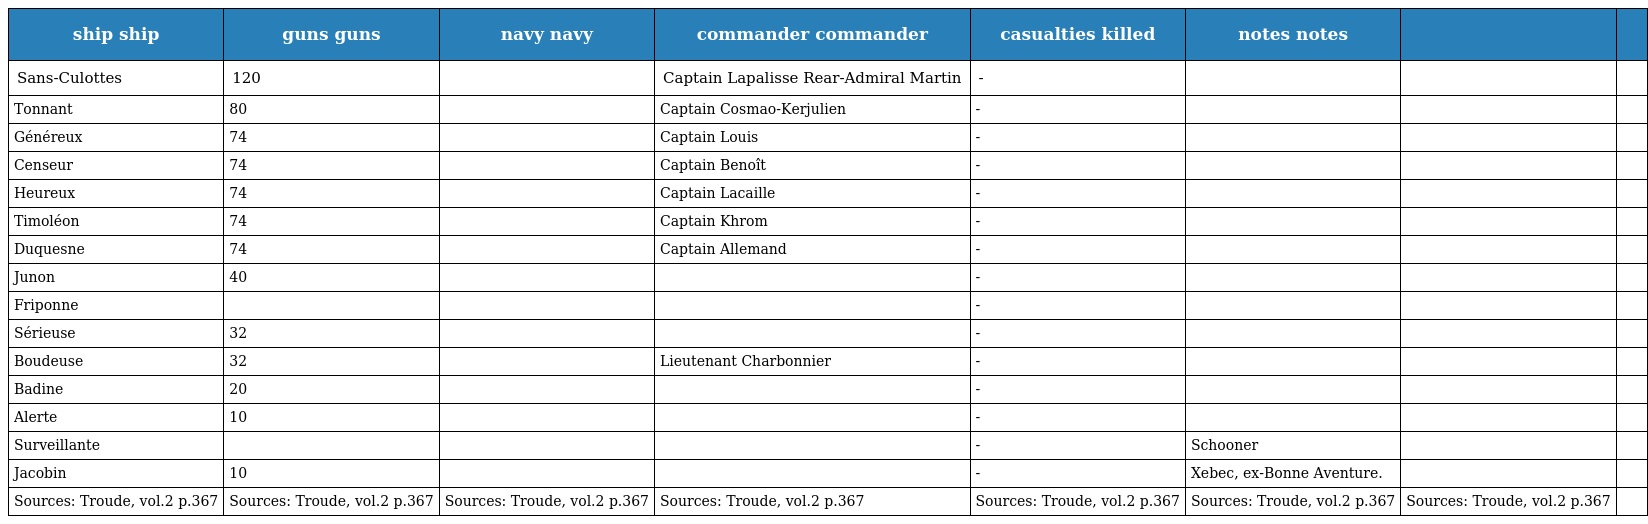
| ship ship | guns guns | navy navy | commander commander | casualties killed | notes notes |  |  |
 | --- | --- | --- | --- | --- | --- | --- | --- |
 | Sans-Culottes | 120 |  | Captain Lapalisse Rear-Admiral Martin | - |  |  |  |
 | Tonnant | 80 |  | Captain Cosmao-Kerjulien | - |  |  |  |
 | Généreux | 74 |  | Captain Louis | - |  |  |  |
 | Censeur | 74 |  | Captain Benoît | - |  |  |  |
 | Heureux | 74 |  | Captain Lacaille | - |  |  |  |
 | Timoléon | 74 |  | Captain Khrom | - |  |  |  |
 | Duquesne | 74 |  | Captain Allemand | - |  |  |  |
 | Junon | 40 |  |  | - |  |  |  |
 | Friponne |  |  |  | - |  |  |  |
 | Sérieuse | 32 |  |  | - |  |  |  |
 | Boudeuse | 32 |  | Lieutenant Charbonnier | - |  |  |  |
 | Badine | 20 |  |  | - |  |  |  |
 | Alerte | 10 |  |  | - |  |  |  |
 | Surveillante |  |  |  | - | Schooner |  |  |
 | Jacobin | 10 |  |  | - | Xebec, ex-Bonne Aventure. |  |  |
 | Sources: Troude, vol.2 p.367 | Sources: Troude, vol.2 p.367 | Sources: Troude, vol.2 p.367 | Sources: Troude, vol.2 p.367 | Sources: Troude, vol.2 p.367 | Sources: Troude, vol.2 p.367 | Sources: Troude, vol.2 p.367 |  |